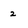
Character: 2